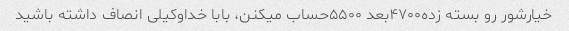
خیارشور رو بسته زده۴۷۰۰بعد ۵۵۰۰حساب میکنن، بابا خداوکیلی انصاف داشته باشید